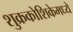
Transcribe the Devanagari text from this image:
शुक्रकोशिकेमध्ये